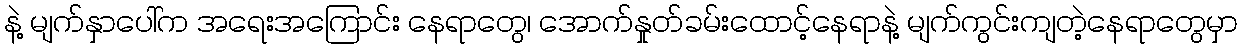
နဲ့ မျက်နှာပေါ်က အရေးအကြောင်း နေရာတွေ၊ အောက်နှုတ်ခမ်းထောင့်နေရာနဲ့ မျက်ကွင်းကျတဲ့နေရာတွေမှာ